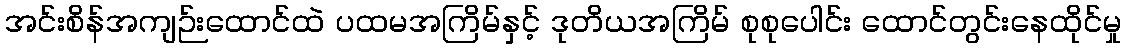
အင်းစိန်အကျဉ်းထောင်ထဲ ပထမအကြိမ်နှင့် ဒုတိယအကြိမ် စုစုပေါင်း ထောင်တွင်းနေထိုင်မှု